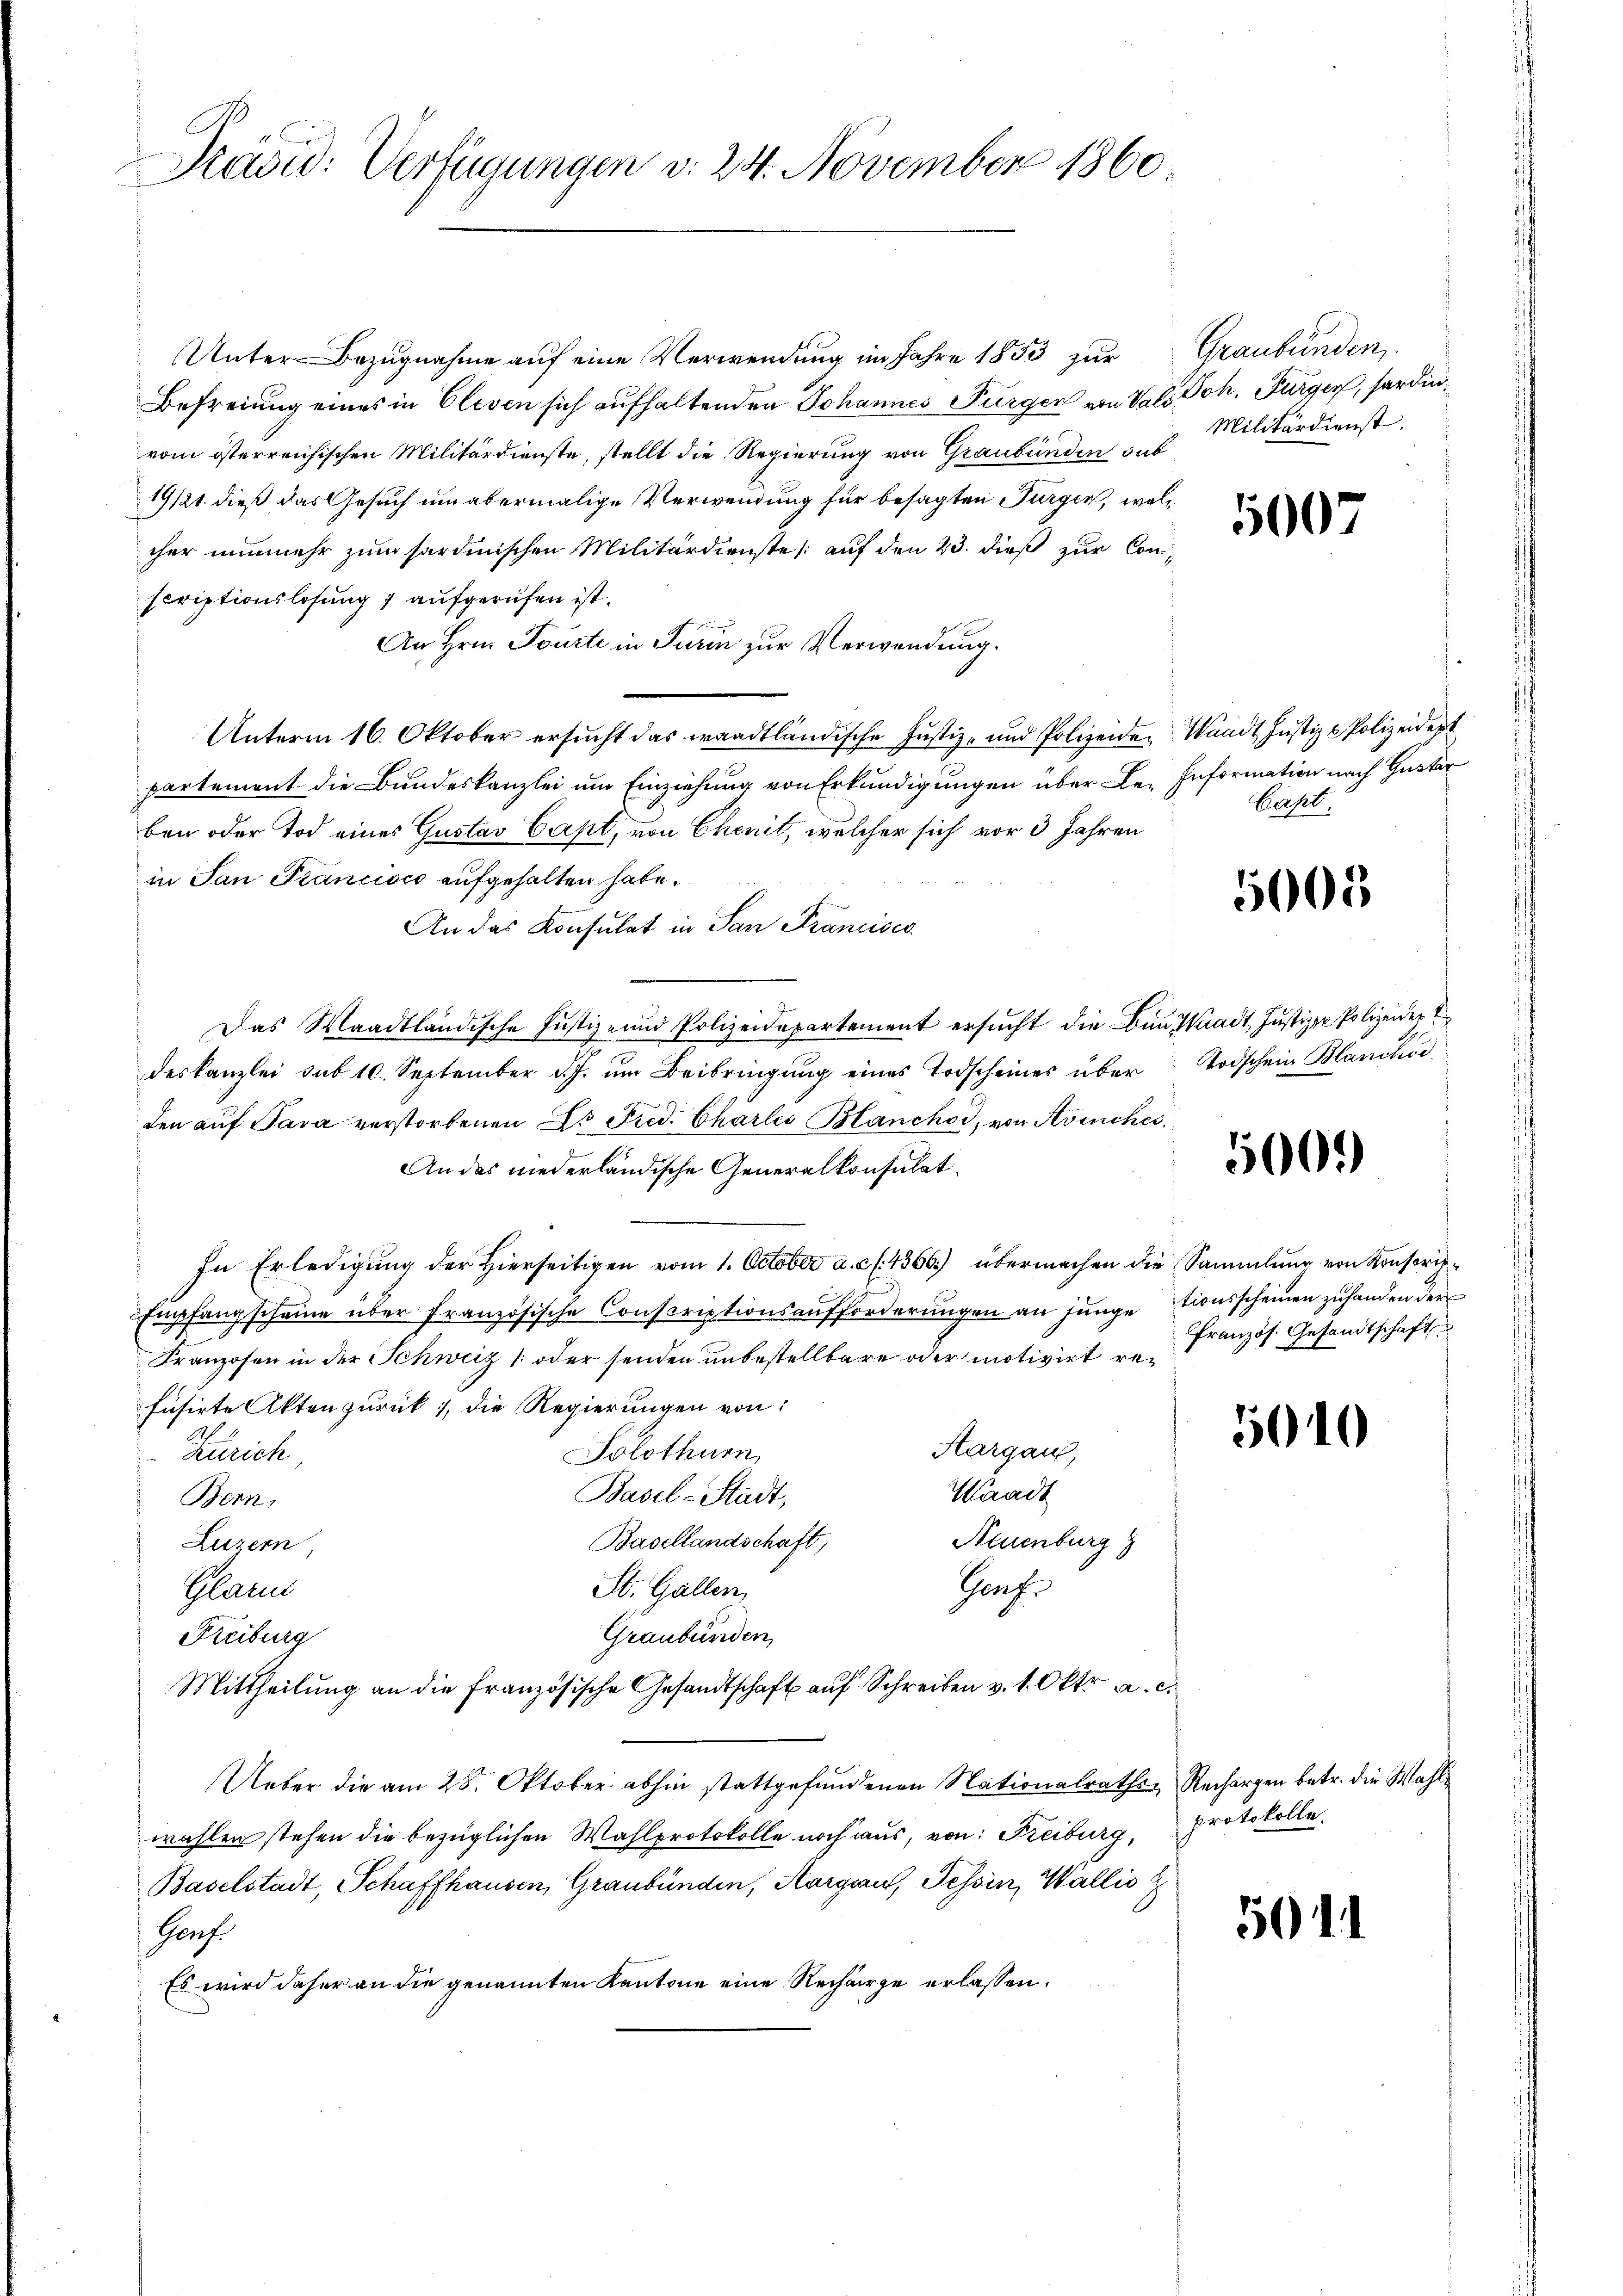
Präsid: Verfügungen d. 24. November 1860

Unter-Bezugnahme auf eine Verwendung im Jahre 1853 zur Graubünden
Befreiung eines in Elesen sich aufhaltenden Johannes Furger von Vater Joh. Furger, sardinvom österreichischen Militärdienste, stellt die Regierung von Graubünden sub
19/21. dieß das Gesuch um abermalige Verwendung für besagten Turger, welcher nunmehr zum sardinischen Militärdienste (auf den 23. dieß zur Conscriptionslosung 1 aufgerufen ist.
An Hrn. Tourte in Turin zur Verwendung.
Unterm 16. Oktober ersucht das waadtländische Justiz- und Polizeiden Waadt Justiz & Polizeidept
partement die Bundeskanzlei um Einziehung von Erkundigungen über Le-Information nach Guster
ben oder Tod eines Gustav Capt, von Chenit, welcher sich vor 3 Jahren
in San Francisco aufgehalten habe.
An das Konsulat in San Francises
Das Waadtländische Justiz- und Polizeidepartement ersucht die Bauskindt, Justizze Polizeider E
deskanzlei sub 10. September d.J. ŭm Beibringŭng eines Todscheines über Todschein Blanchoe
den auf Sara verstorbenen Dr Fied. Charlis Blanchor, von Avenches
An das niederländische Generalkonsulat
In Erledigŭng der hierseitigen vom 1. October a. c. l. 4366.) übermachen die Sammlung von Konsoris-
Empfang scheine über französische Conscriptionsaufforderungen an jungetionsscheinen zuhanden der
f
Franzosen in der Schweiz ( oder senden unbestellbare oder motivirt refüsirte Akten zurück, die Regierungen von
Hargau,
Solothurn
Zürich
Waadt
Basel-Stadt,
Bern,
Basellandschaft,
Neuenburg
Luzern
Grafe
St. Gallen
Plan
Graubünden,
Freiburg
Mittheilung an die französische Gesandtschaft auf Schreiben v. 1. Okt. a. c.
Ueber die am 28. Oktober abhin stattgefundenen Nationalraths-Rechargen betr. die Wahl
wählen stehen die bezüglichen Wahlprotokolle noch aus, von Freiburg,
Baselstadt, Schaffhausen, Graubünden, Aargau, Tessin, Wallis
Honf.
Es wird daher an die genannten Kantone eine Recharge erlassen.

Militärdienst.

1007

Capt.

5005

500.

Französ. Gesandtschaft

5010

protokolle.

50